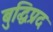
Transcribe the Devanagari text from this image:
बुद्धिप्रद